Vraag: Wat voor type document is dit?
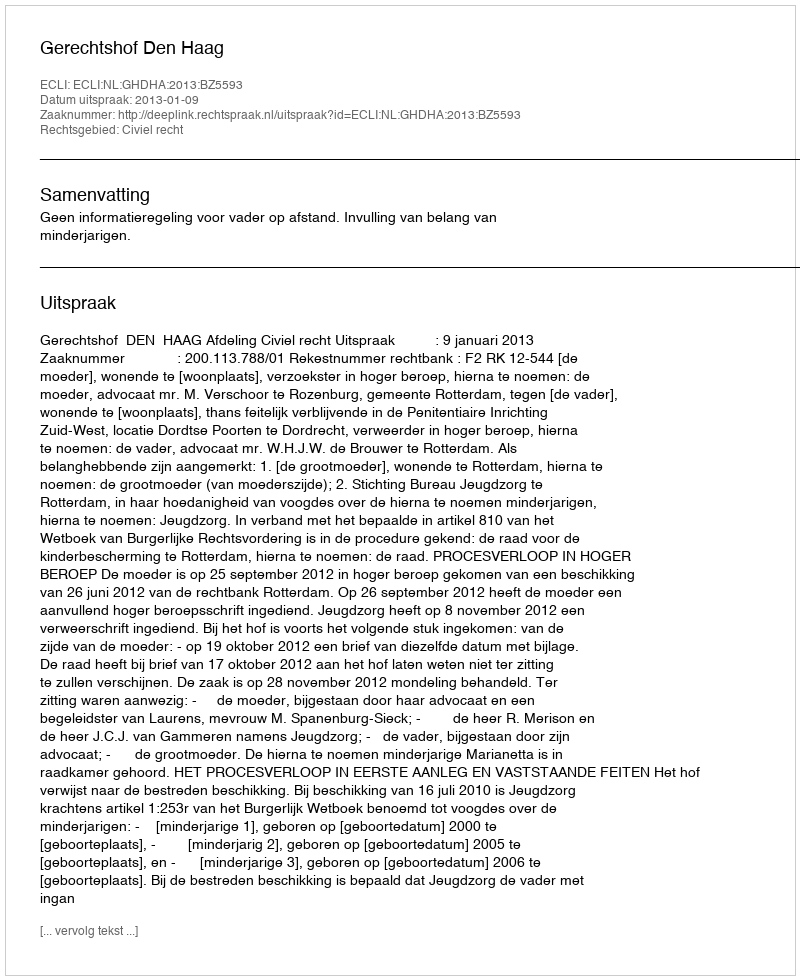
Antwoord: Uitspraak